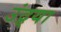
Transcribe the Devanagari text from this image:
उंद्र्या